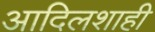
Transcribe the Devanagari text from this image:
आदिलशाही